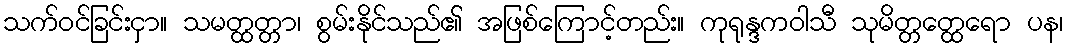
သက်ဝင်ခြင်းငှာ။ သမတ္ထတ္တာ၊ စွမ်းနိုင်သည်၏ အဖြစ်ကြောင့်တည်း။ ကုရုန္ဒကဝါသီ သုမိတ္တတ္ထေရော ပန၊